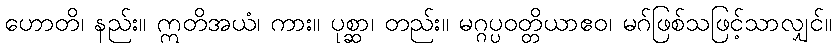
ဟောတိ၊ နည်း။ ဣတိအယံ၊ ကား။ ပုစ္ဆာ၊ တည်း။ မဂ္ဂပ္ပဝတ္တိယာဧဝ၊ မဂ်ဖြစ်သဖြင့်သာလျှင်။